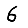
Digit: 6